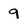
Character: 9